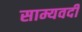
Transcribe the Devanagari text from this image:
साम्यवदी